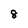
Character: 8